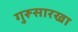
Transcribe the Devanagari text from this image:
गुरूसारखा